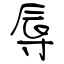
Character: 辱